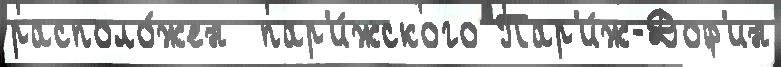
располо́жен  пар'и́жского Пар'и́ж-Доф'ин